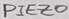
Text: PIEZO